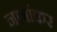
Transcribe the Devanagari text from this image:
नामांकर